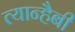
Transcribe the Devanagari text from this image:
त्यान्हैबी